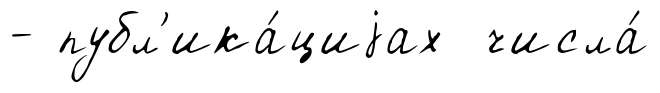
- публ'ика́циjах числа́